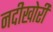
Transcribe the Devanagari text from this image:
नदीखोरी